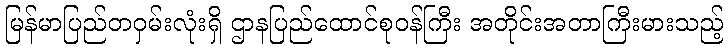
မြန်မာပြည်တဝှမ်းလုံးရှိ ဌာနပြည်ထောင်စုဝန်ကြီး အတိုင်းအတာကြီးမားသည့်